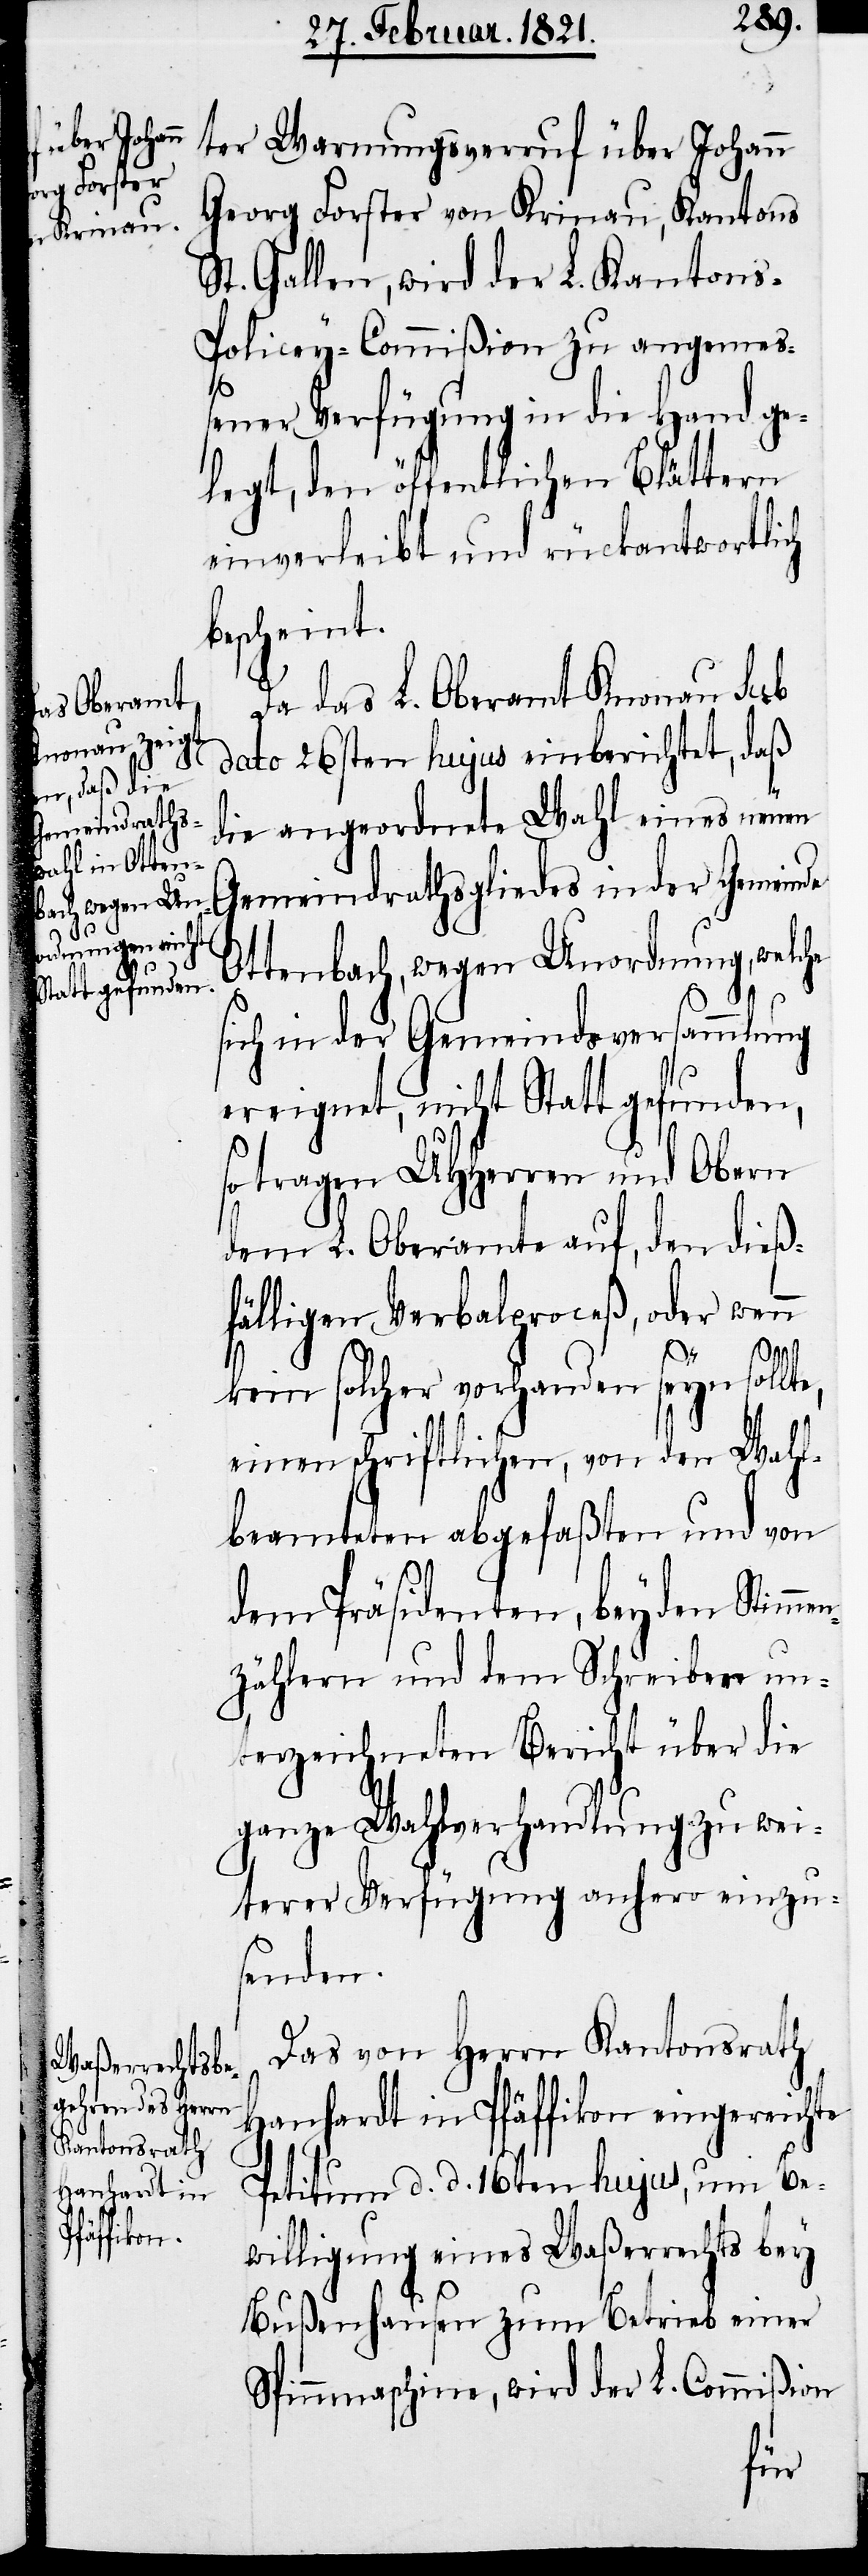
ter Warnungsverruf über Johann
Georg Foster von Krinau, Kantons
St. Gallen, wird der L. Kanton¬
s-Policey-Commißion zu angemeß¬
en¬
ener Verfügung in die Hand ge¬
legt, den öffentlichen Blättern
einverleibt und rückantwortlich
bescheint.
Da das L. Oberamt Knonau sub
dato 26sten hujus einberichtet, daß
die angeordnete Wahl eines neuen
Gemeindrathsgliedes in der Gemeinde
Ottenbach, wegen Unordnung, welche
sich in der Gemeindsversammlung
ereignet, nicht Statt gefunden,
so tragen UHHerren und Obern
dem L. Oberamte auf, den dieß¬
fälligen Verbalproceß, oder wenn
kein solcher vorhanden seyn sollt¬
einen schriftlichen, von den Wahl¬
beamteten abgefaßten und von
dem Präsidenten, beyden Stimm¬
zählern und dem Schreiber un¬
terzeichneten Bericht über die
ganze Wahlverhandlung zu wei¬
terer Verfügung anhero einzu¬
senden.